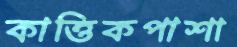
কাত্তিকপাশা